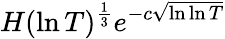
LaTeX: H(\ln T)^{\frac{1}{3}}e^{-c{\sqrt{\ln\ln T}}}